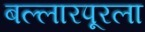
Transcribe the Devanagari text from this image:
बल्लारपूरला